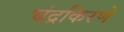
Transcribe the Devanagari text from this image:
चंद्रकिरणे